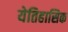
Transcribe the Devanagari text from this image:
येतिहासिक